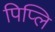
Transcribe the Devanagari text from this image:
पिप्लि